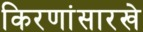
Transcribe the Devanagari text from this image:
किरणांसारखे